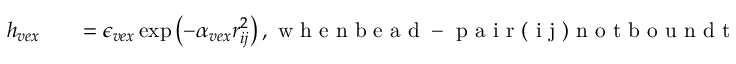
\begin{array} { r l r } { h _ { v e x } } & { { } } & { = \epsilon _ { v e x } \exp \left( - \alpha _ { v e x } r _ { i j } ^ { 2 } \right) , \mathrm { ~ w ~ h ~ e ~ n ~ b ~ e ~ a ~ d ~ - ~ p ~ a ~ i ~ r ~ ( ~ i ~ j ~ ) ~ n ~ o ~ t ~ b ~ o ~ u ~ n ~ d ~ t ~ o ~ T ~ o ~ p ~ o ~ - ~ I ~ I ~ } , } \end{array}